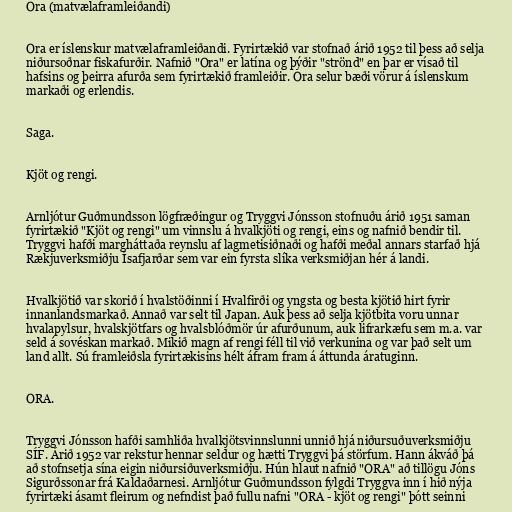
Ora (matvælaframleiðandi)

Ora er íslenskur matvælaframleiðandi. Fyrirtækið var stofnað árið 1952 til þess að selja
niðursoðnar fiskafurðir. Nafnið "Ora" er latína og þýðir "strönd" en þar er vísað til
hafsins og þeirra afurða sem fyrirtækið framleiðir. Ora selur bæði vörur á íslenskum
markaði og erlendis.

Saga.

Kjöt og rengi.

Arnljótur Guðmundsson lögfræðingur og Tryggvi Jónsson stofnuðu árið 1951 saman
fyrirtækið "Kjöt og rengi" um vinnslu á hvalkjöti og rengi, eins og nafnið bendir til.
Tryggvi hafði margháttaða reynslu af lagmetisiðnaði og hafði meðal annars starfað hjá
Rækjuverksmiðju Ísafjarðar sem var ein fyrsta slíka verksmiðjan hér á landi.

Hvalkjötið var skorið í hvalstöðinni í Hvalfirði og yngsta og besta kjötið hirt fyrir
innanlandsmarkað. Annað var selt til Japan. Auk þess að selja kjötbita voru unnar
hvalapylsur, hvalskjötfars og hvalsblóðmör úr afurðunum, auk lifrarkæfu sem m.a. var
seld á sovéskan markað. Mikið magn af rengi féll til við verkunina og var það selt um
land allt. Sú framleiðsla fyrirtækisins hélt áfram fram á áttunda áratuginn.

ORA.

Tryggvi Jónsson hafði samhliða hvalkjötsvinnslunni unnið hjá niðursuðuverksmiðju
SÍF. Árið 1952 var rekstur hennar seldur og hætti Tryggvi þá störfum. Hann ákváð þá
að stofnsetja sína eigin niðursiðuverksmiðju. Hún hlaut nafnið "ORA" að tillögu Jóns
Sigurðssonar frá Kaldaðarnesi. Arnljótur Guðmundsson fylgdi Tryggva inn í hið nýja
fyrirtæki ásamt fleirum og nefndist það fullu nafni "ORA - kjöt og rengi" þótt seinni